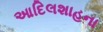
આદિલશાહના